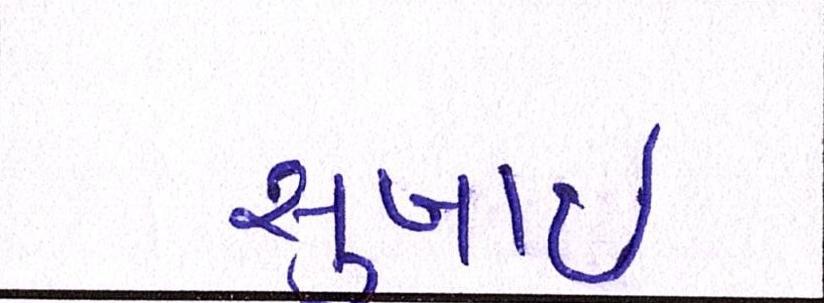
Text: સુખોઈ